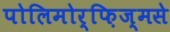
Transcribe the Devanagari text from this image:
पोलिमोर्फ़िज्मसे